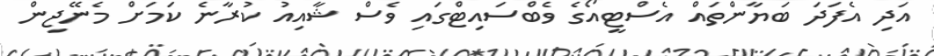
އަދި އެފަދަ ބަޔާންތައް އެސްޓީއޯގެ ވެބްސައިޓްގައި ވެސް ޝާއިއު ކުރާނެ ކަމަށް މެނޭޖިން